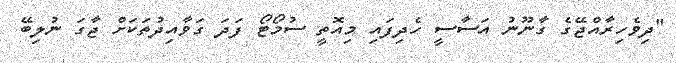
"ދިވެހިރާއްޖޭގެ ގާނޫނު އަސާސީ ހެދިފައި މިއޮތީ ސުމޯޓޯ ފަދަ ގަވާއިދުތަކަށް ޖާގަ ނުލިބޭ